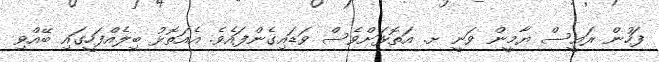
ފަހުން ރައީސް ޔާމީން ވަނީ ށ. އަތޮޅަށްވެސް ވަޑައިގެންފައެވެ. އެއަތޮޅު ބިލެއްފަހީގައި ބޭއްވި